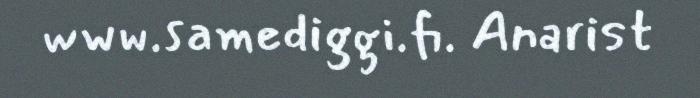
www.samediggi.fi. Anarist